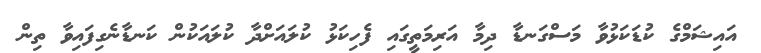
އައިޝަމްގެ ކުޑަކަޅުވާ މަސްގަނޑާ ދިމާ އަރިމަތީގައި ފެހިކަޅު ކުލައަށްދާ ކުލައަކުން ކަނޑާނެގިފައިވާ ތިން